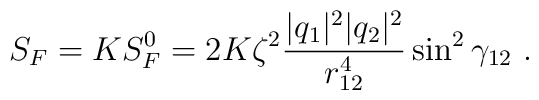
S_F = K S_F^0=2  K \zeta^2 \frac{ |q_1|^2 |q_2|^2}{ r_{12}^4 } \sin^2 \gamma_{12}~.